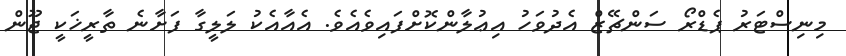
މިނިސްޓަރު ޕެޑްރޯ ސަންޗޭޒް އެދުވަހު އިޢުލާންކޮށްފައިވެއެވެ. އެއާއެކު ލަލީގާ ފަށާނެ ތާރީޚަކީ ޖޫން